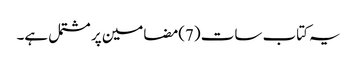
یہ کتاب سات (7)مضامین پر مشتمل ہے۔